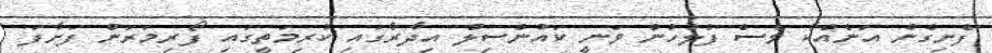
ފެށިގެން އަނެއްކާ ވެސް ފުލުހުން ވަނީ ކައުންސިލް އިދާރާގައި ކުރިމަތީގައި ފޯރިމަރަން ފަށާފަ